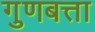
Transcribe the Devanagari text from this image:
गुणबत्ता